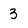
Character: 3